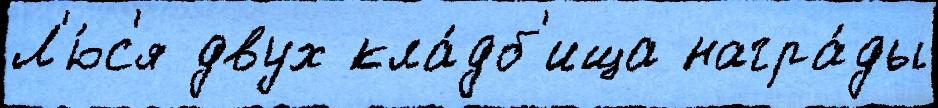
Л'ю́с'я двух кла́дб'ища награ́ды